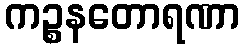
ကဉ္စနတောရဏာ